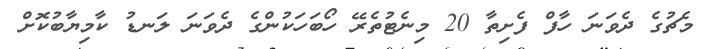
މެޗުގެ ދެވަނަ ހާފް ފެށިތާ 20 މިނެޓުތެރޭ ހޯބަހަކުންގެ ދެވަނަ ލަނޑު ކާމިޔާބުކޮށް